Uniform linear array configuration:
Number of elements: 4
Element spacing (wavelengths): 0.75
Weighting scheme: kaiser
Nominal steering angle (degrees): -30
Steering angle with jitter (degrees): -28.648
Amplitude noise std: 0.05
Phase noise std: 0.05

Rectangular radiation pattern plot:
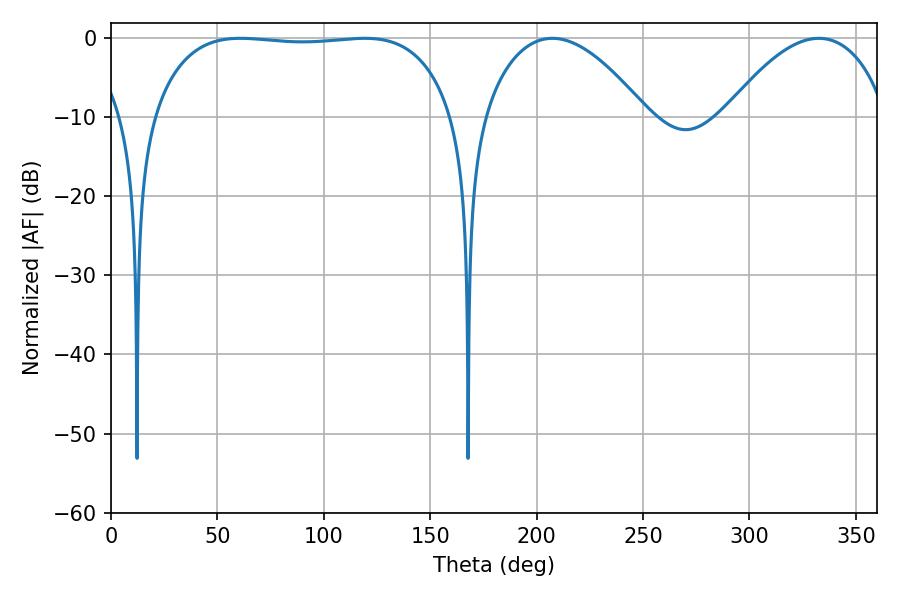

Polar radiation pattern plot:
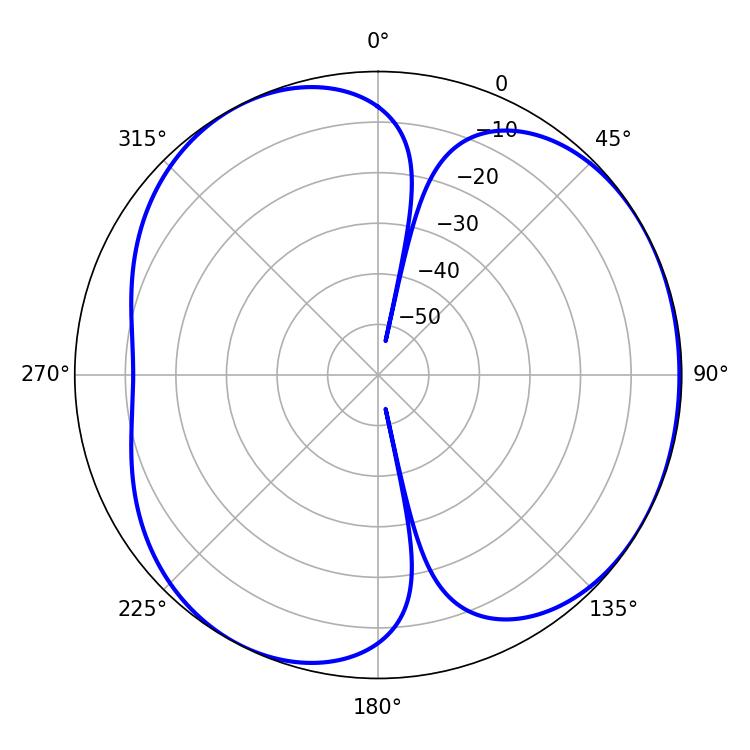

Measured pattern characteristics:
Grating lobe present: TRUE
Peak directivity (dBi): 4.221
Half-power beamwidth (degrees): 111.96
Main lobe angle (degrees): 60.84